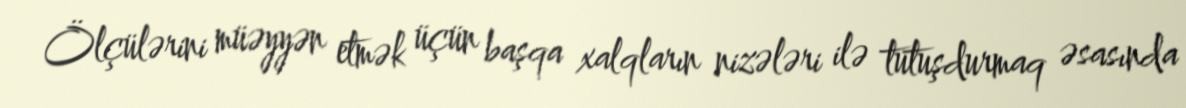
Ölçülərini müəyyən etmək üçün başqa xalqların nizələri ilə tutuşdurmaq əsasında